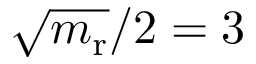
\sqrt { m _ { \mathrm { r } } } / 2 = 3